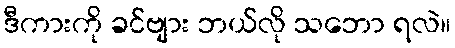
ဒီကားကို ခင်ဗျား ဘယ်လို သဘော ရလဲ။